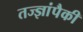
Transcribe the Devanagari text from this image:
तज्‍ज्ञांपैकी